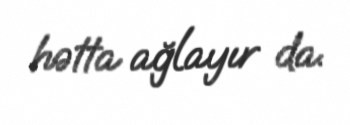
hətta ağlayır da.